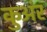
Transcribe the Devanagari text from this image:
कुअंर